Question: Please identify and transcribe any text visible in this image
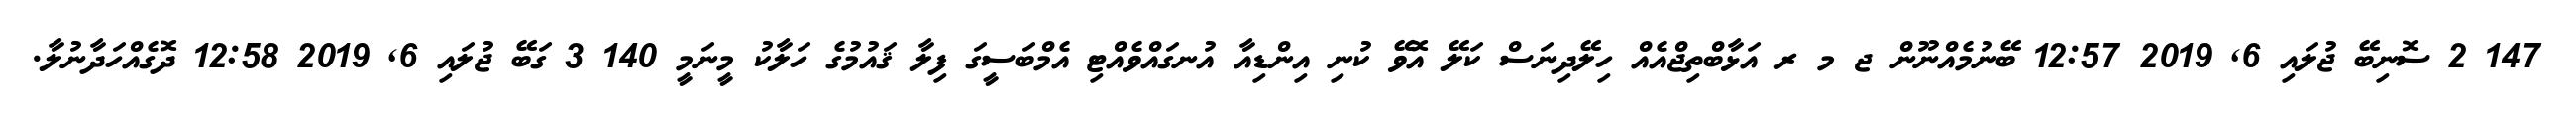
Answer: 147 2 ސޮނިބޭ ޖުލައި 6, 2019 12:57 ބޭނުމެއްނޫން ޖ މ ރ އަޅާބްތިޖްއެއް ހިލޭދިނަސް ކަލޭ އޮވޭ ކުނި އިންޑިއާ އުނގައްވެއްޓި އެމްބަސީގަ ފިލާ ޤައުމުގެ ހަލާކު މީނަމީ 140 3 ގަބޭ ޖުލައި 6, 2019 12:58 ދޮގެއްހަދާނުލާ.